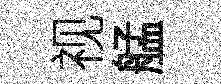
视艋